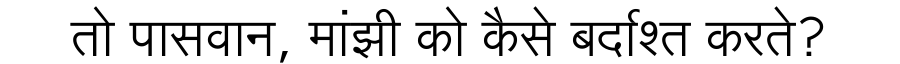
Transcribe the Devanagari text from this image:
तो पासवान, मांझी को कैसे बर्दाश्त करते?